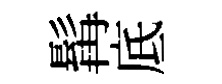
髯底